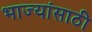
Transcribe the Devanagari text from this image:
भाज्यांसाठी